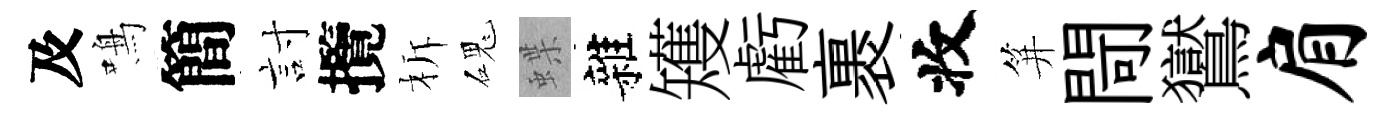
及鳴簡討攬柝磈蝶雜矱虧裹收笄閜鸑肩